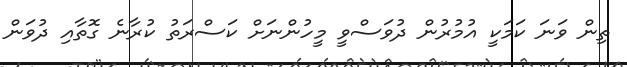
ތިން ވަނަ ކަމަކީ އުމުރުން ދުވަސްވީ މީހުންނަށް ކަސްރަތު ކުރާނެ ގޮތާއި ދުވަން